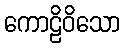
ကောဠိဝိသော